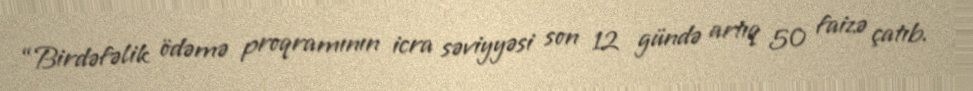
“Birdəfəlik ödəmə proqramının icra səviyyəsi son 12 gündə artıq 50 faizə çatıb.